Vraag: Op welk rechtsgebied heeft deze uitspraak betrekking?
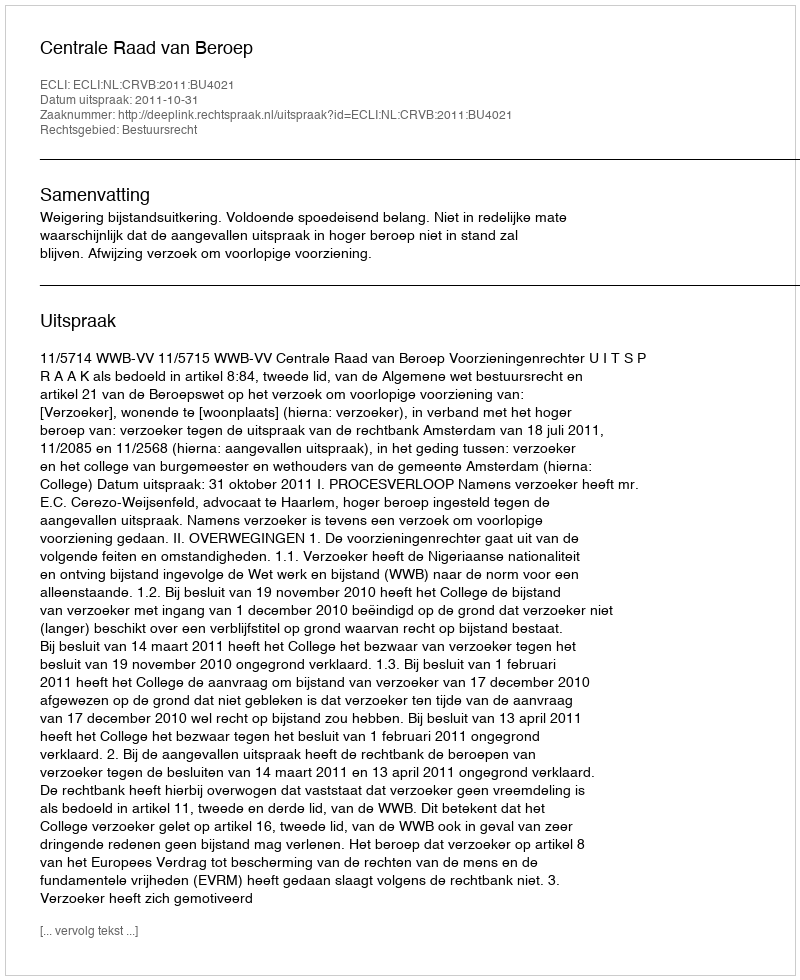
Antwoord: Bestuursrecht